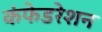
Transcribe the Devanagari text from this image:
कंफेडरेशन